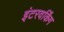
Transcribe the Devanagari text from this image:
इंटरवर्किंग